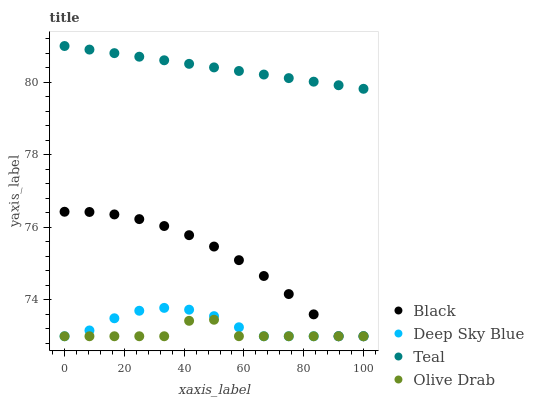
| xaxis_label | Black | Deep Sky Blue | Teal | Olive Drab |
 | --- | --- | --- | --- | --- |
 | 0 | 76.4 | 73 | 81 | 73 |
 | 8.33 | 76.4 | 73.2 | 80.9 | 73 |
 | 16.7 | 76.4 | 73.5 | 80.8 | 73 |
 | 25 | 76.2 | 73.7 | 80.7 | 73 |
 | 33.3 | 76 | 73.8 | 80.6 | 73 |
 | 41.7 | 75.8 | 73.7 | 80.5 | 73.4 |
 | 50 | 75.5 | 73.6 | 80.4 | 73.5 |
 | 58.3 | 75.1 | 73.2 | 80.3 | 73 |
 | 66.7 | 74.7 | 73 | 80.2 | 73 |
 | 75 | 74.2 | 73 | 80.1 | 73 |
 | 83.3 | 73.6 | 73 | 80 | 73 |
 | 91.7 | 73 | 73 | 79.9 | 73 |
 | 100 | 73 | 73 | 79.8 | 73 |